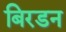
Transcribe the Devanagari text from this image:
बिरडन